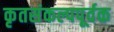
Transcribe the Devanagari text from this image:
कृतसंकल्पपूर्वक